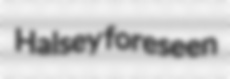
Halsey foreseen